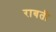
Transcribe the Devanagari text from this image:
राबती